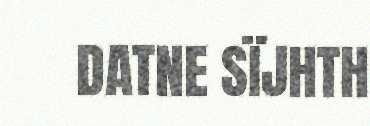
DATNE SÏJHTH